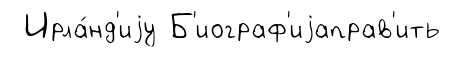
Ирла́нд'иjу Б'иограф'иjаправ'ить